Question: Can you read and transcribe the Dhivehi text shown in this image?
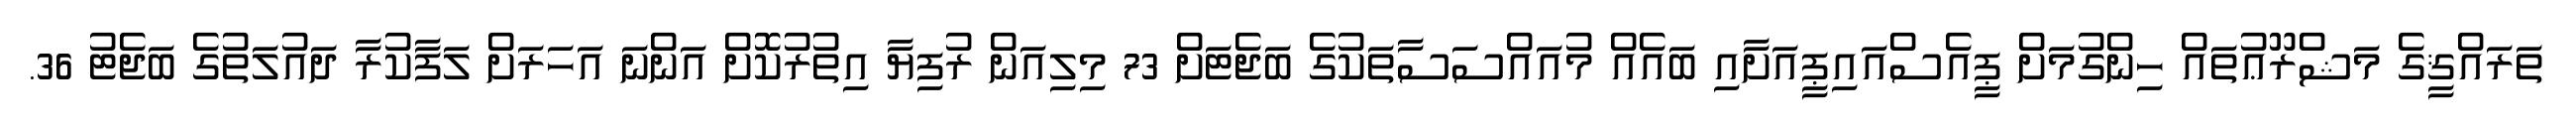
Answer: ތަރައްޤީގެ މަޝްރޫޢުތައް ހިންގުމަށް ޕީއެސްއައިޕީއަށާއި ބައެއް މުއައްސަސާތަކުގެ ބަޖެޓަށް 73 މިލިއަން ރުފިޔާ އިތުރުކޮށް އަންނަ އަހަރަށް ލަފާކުރާ ދައުލަތުގެ ބަޖެޓު 36.